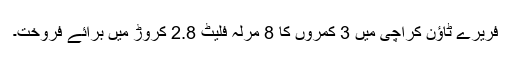
فریرے ٹاؤن کراچی میں 3 کمروں کا 8 مرلہ فلیٹ 2.8 کروڑ میں برائے فروخت۔